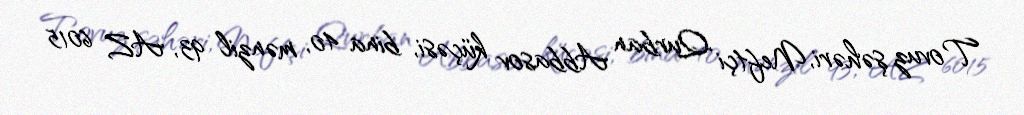
Tovuz şəhəri, Neftçi Qurban Abbasov küçəsi, bina 40, mənzil 93, AZ 6015